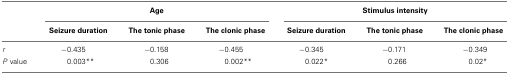
|  | <COLSPAN=3> Age | <COLSPAN=3> Stimulus intensity |
 |  | Seizure duration | The tonic phase | The clonic phase | Seizure duration | The tonic phase | The clonic phase |
 | --- | --- | --- | --- | --- | --- | --- |
 | r | −0.435 | −0.158 | −0.455 | −0.345 | −0.171 | −0.349 |
 | P value | 0.003** | 0.306 | 0.002** | 0.022* | 0.266 | 0.02* |